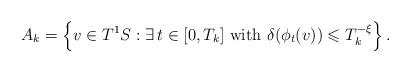
LaTeX: \begin{align*}A_k=\left\{v\in T^1S: \exists \, t\in [0,T_k] \textrm{ with } \delta(\phi_t(v)) \leqslant T_k^{-\xi} \right\}.\end{align*}